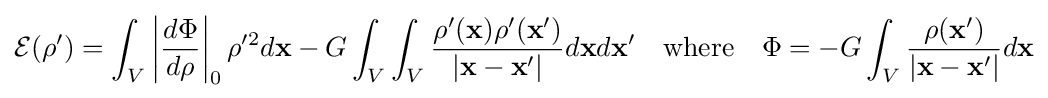
{\mathcal {E}}(\rho ')=\int _{V}\left|{\frac {d\Phi }{d\rho }}\right|_{0}\rho '^{2}d\mathbf {x} -G\int _{V}\int _{V}{\frac {\rho '(\mathbf {x} )\rho '(\mathbf {x'} )}{|\mathbf {x} -\mathbf {x'} |}}d\mathbf {x} d\mathbf {x'} \quad {\text{where}}\quad \Phi =-G\int _{V}{\frac {\rho (\mathbf {x'} )}{|\mathbf {x} -\mathbf {x'} |}}d\mathbf {x}